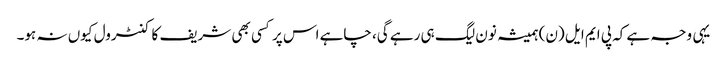
یہی وجہ ہے کہ پی ایم ایل (ن) ہمیشہ نون لیگ ہی رہے گی، چاہے اس پر کسی بھی شریف کا کنٹرول کیوں نہ ہو۔